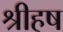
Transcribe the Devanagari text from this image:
श्रीहष